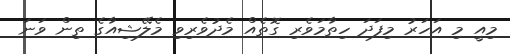
މިއީ މި އަހަރު މިފަދަ ހިތާމަވެރި ގޮތެއް މެދުވެރިވި މެލޭޝިއާގެ ތިން ވަނަ